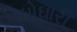
ઘોઘારી